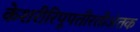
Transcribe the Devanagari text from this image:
केशरीरिपूपतीरतीअंतक